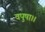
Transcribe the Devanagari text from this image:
वपुषा।।